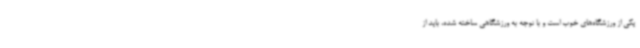
یکی از ورزشگاه‌های خوب است و با توجه به ورزشگاهی ساخته شده، باید از